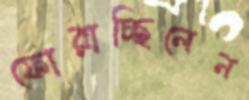
ফোরাচ্ছিলেন